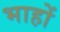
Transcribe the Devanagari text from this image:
भाहों